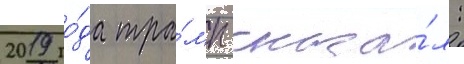
2019 го́да тра́мп сказа́л: